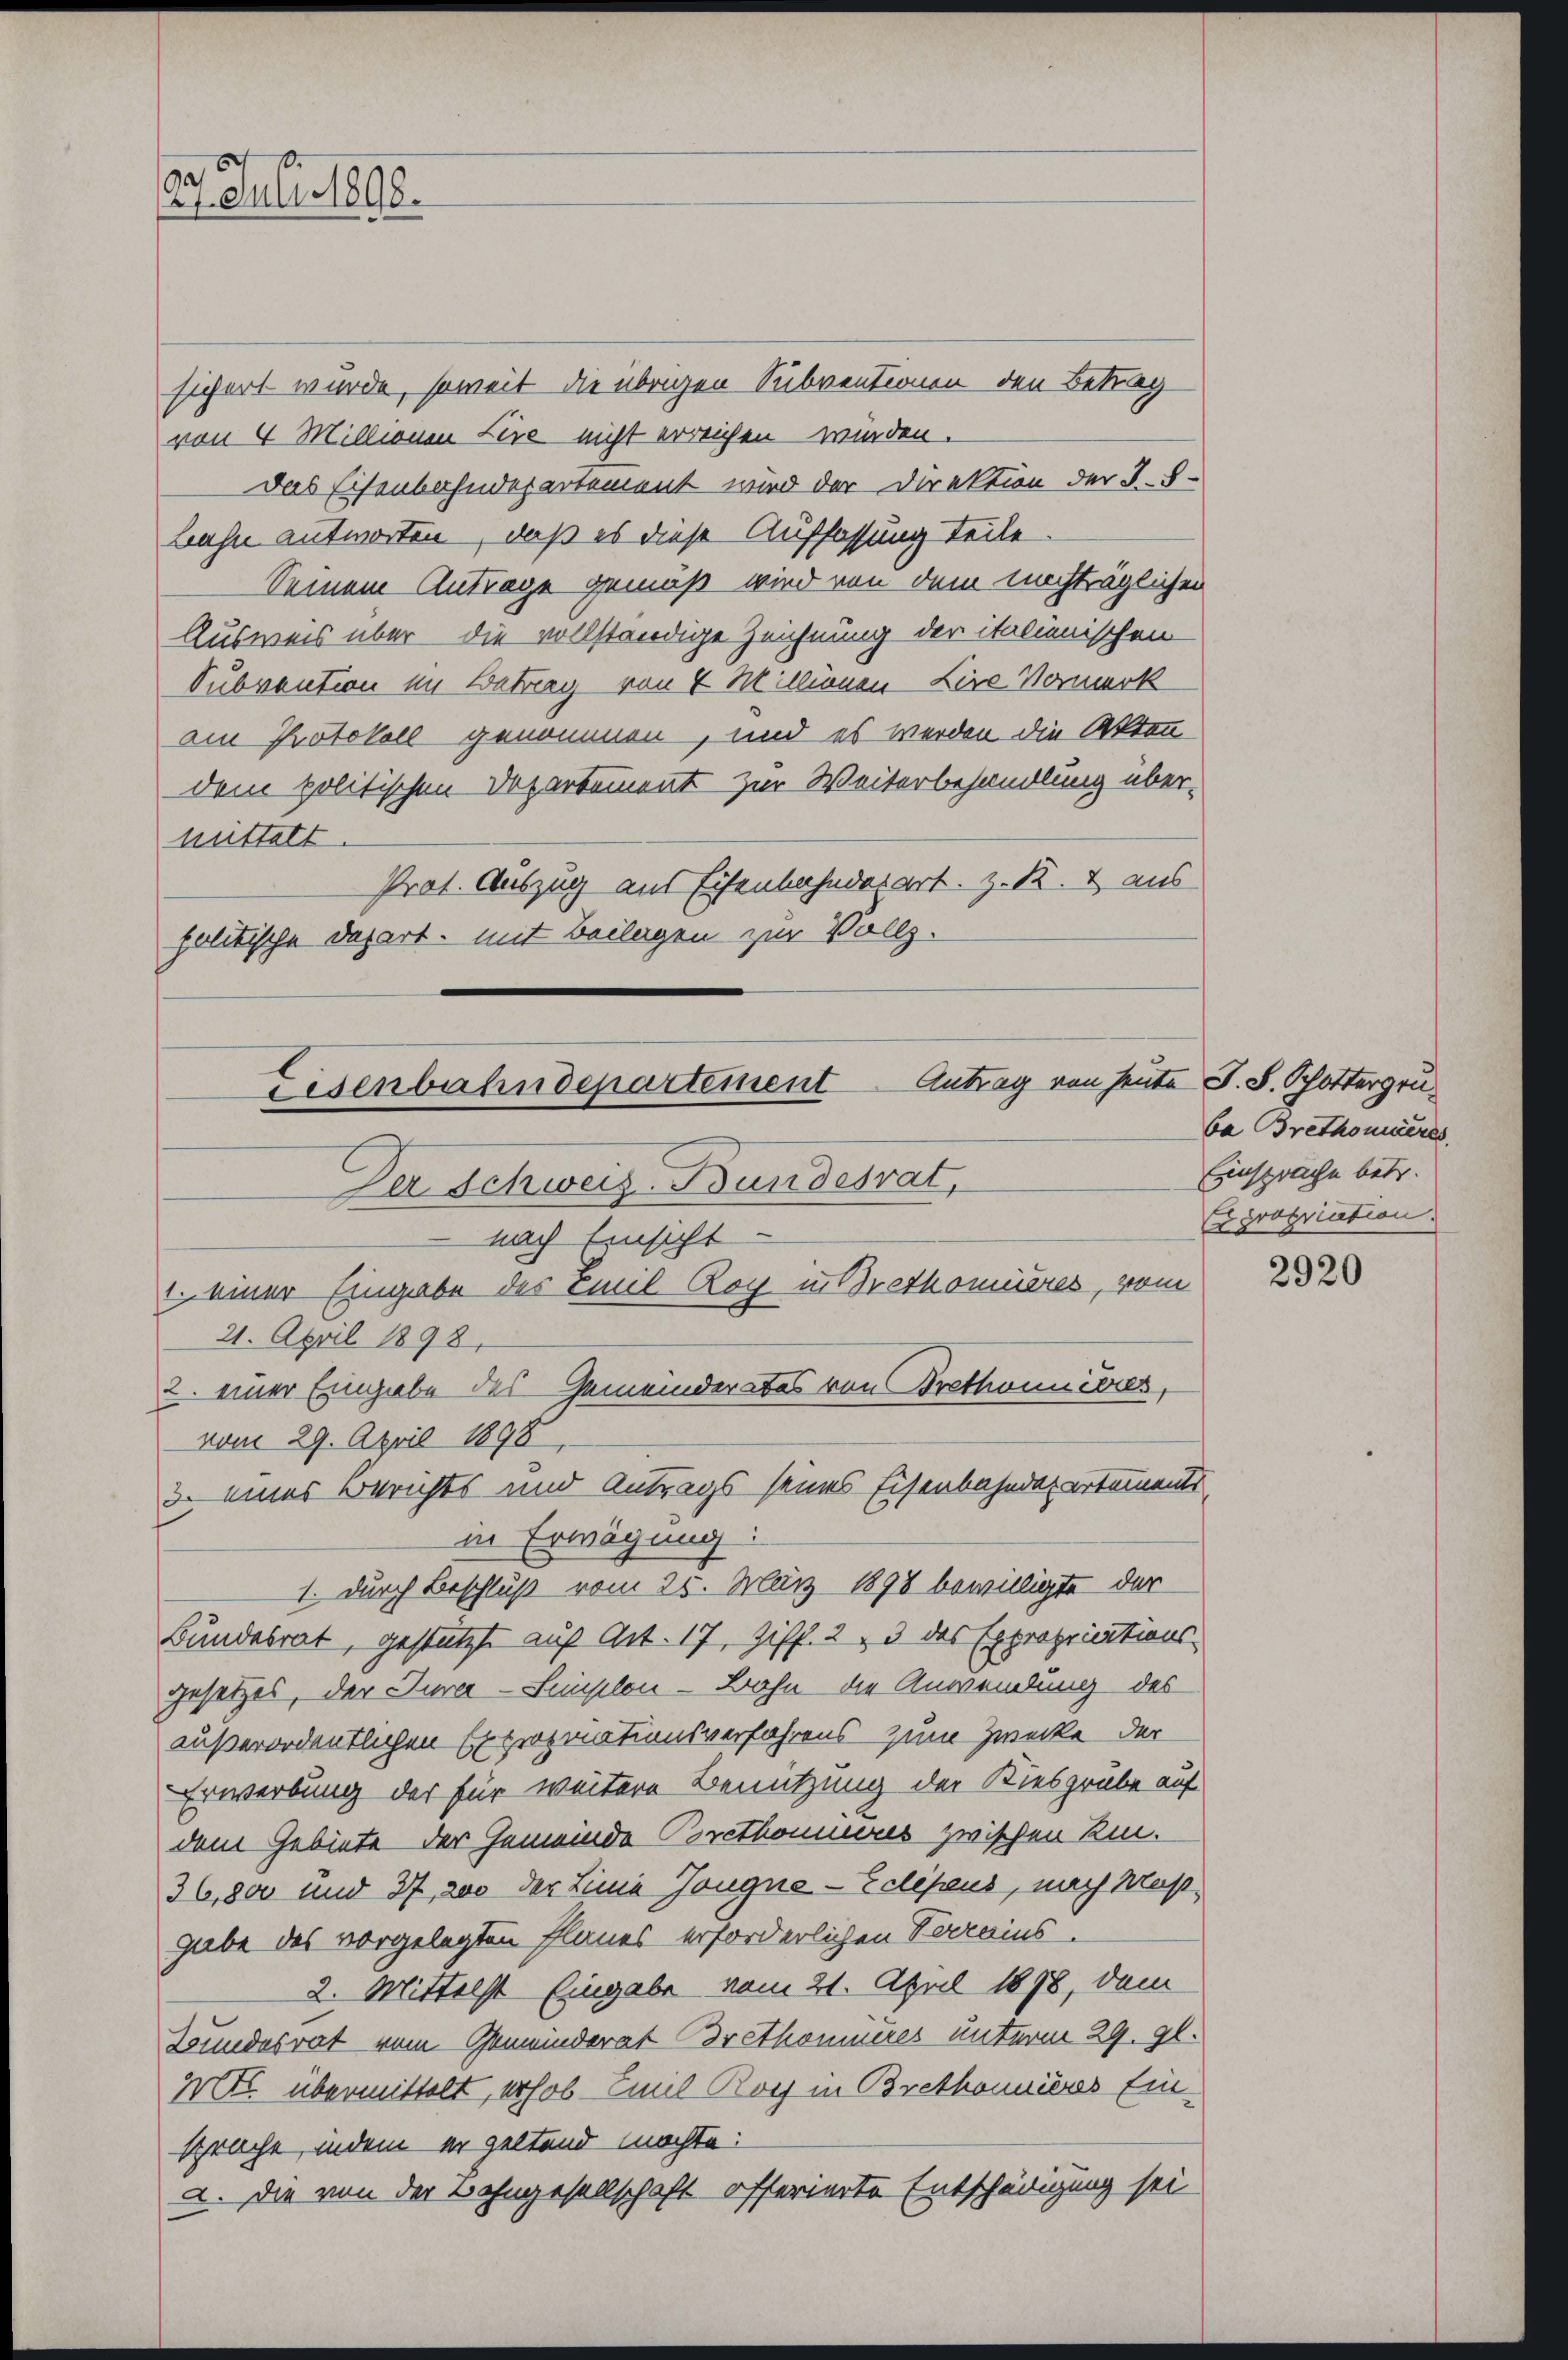
29. Juli 1898.

Eisenbahndepartement Antrag von heute J. S. Schottergru
Der Schweiz. Bundesrat,
nach Einsicht

1. einer Eingabe des Emil Roy in Brethomières, vom

2. einer Eingabe des Gemeinderates von Brethonneres,

3. eines Berichts und Antrags seines Eisenbahndepartements

sichert wurde, soweit die übrigen Subventionen den Betrag
von 4 Millionen Lire nicht erreichen würden.
Das Eisenbahndepartement wird der Direktion der I S.
Bahn antworten, daß es diese Auffassung teile
Seinem Antrage gemäß wird von dem nachträglichen
Ausweis über die vollständige Zeichnung der italienischen
Subvention im Betrag von 4 Millionen Lire Vormerk
am Protokoll genommen, und es werden die Akten
dem politischen Departement zur Weiterbehandlung übermittelt.
Prot. Auszug aus Eisenbahnderart z. K. & aus
politische Depart, mit Beilagen zur Vollz.

ba Brethonieres
Einsprache betr.
Expropriation.

21. April 1898.
vom 29. April 1898
in Erwägung:
1. durch Beschluß vom 25. März 1898 bewilligte der
Bundesrat, gestützt auf Art. 17, Ziff. 2, 3 des Expropriationsgesetzes, der Jura-Simplon - Bahn die Anwendung des
außerordentlichen Expropriationsverfahrens zum Zwecke der
Erwerbung der für weitere Benutzung der Kiesgrube auf
dem Gebiete der Gemeinde Corcthonieres zwischen Kin-
36,800 und 27, 200 der Linie Zeugne-Eclipeus, nach Maßgabe des vorgelegten Planes erforderlichen Verrains
2. Mittelst Eingabe vom 21. April 1898, dem
Bundesrat vom Gemeinderat Brethonieres unterm 29. 90.
M. übermittelt, erhob Emil Borj in Brethonieres Einsprache, indem er geltend möchte:
a. Die von der Bahngesellschaft offerierte Entschädigung sei

2920